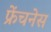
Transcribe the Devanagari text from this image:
फ्रेंचनेस